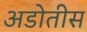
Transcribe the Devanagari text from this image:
अडोतीस